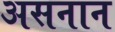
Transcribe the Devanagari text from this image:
असनान